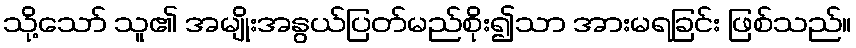
သို့သော် သူ၏ အမျိုးအနွယ်ပြတ်မည်စိုး၍သာ အားမရခြင်း ဖြစ်သည်။